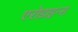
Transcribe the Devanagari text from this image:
एरोडाइन्स